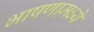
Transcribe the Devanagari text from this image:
भाषणामध्ये